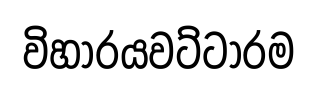
විහාරයවට්ටාරම